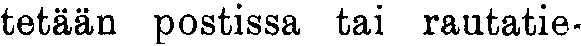
tetään postissa tai rautatie-